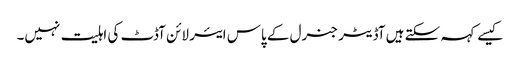
کیسے کہہ سکتے ہیں آڈیٹر جنرل کے پاس ایئر لائن آڈٹ کی اہلیت نہیں۔